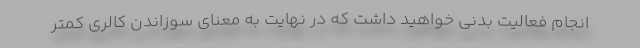
انجام فعالیت بدنی خواهید داشت که در نهایت به معنای سوزاندن کالری کمتر